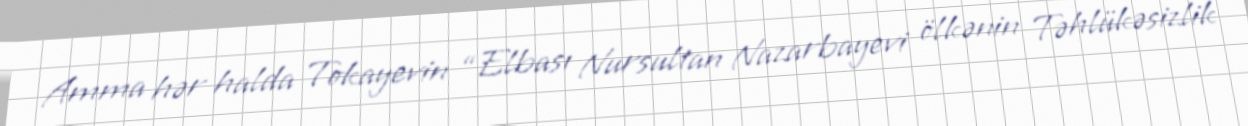
Amma hər halda Tokayevin “Elbası Nursultan Nazarbayevi ölkənin Təhlükəsizlik